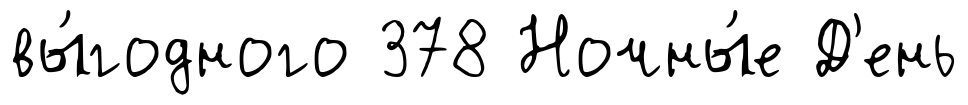
вы́годного 378 Ночны́е Д'ень